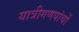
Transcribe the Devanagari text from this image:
यात्रीगणपांचों